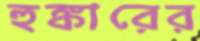
হুঙ্কারের